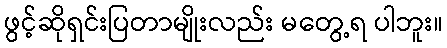
ဖွင့်ဆိုရှင်းပြတာမျိုးလည်း မတွေ့ရ ပါဘူး။